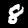
Digit: 8